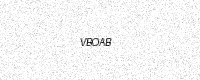
Text: VBOAB